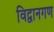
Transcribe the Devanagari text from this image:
विद्वानगण